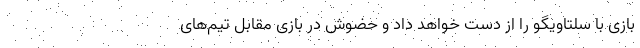
بازی با سلتاویگو را از دست خواهد داد و حضوش در بازی مقابل تیم‌های